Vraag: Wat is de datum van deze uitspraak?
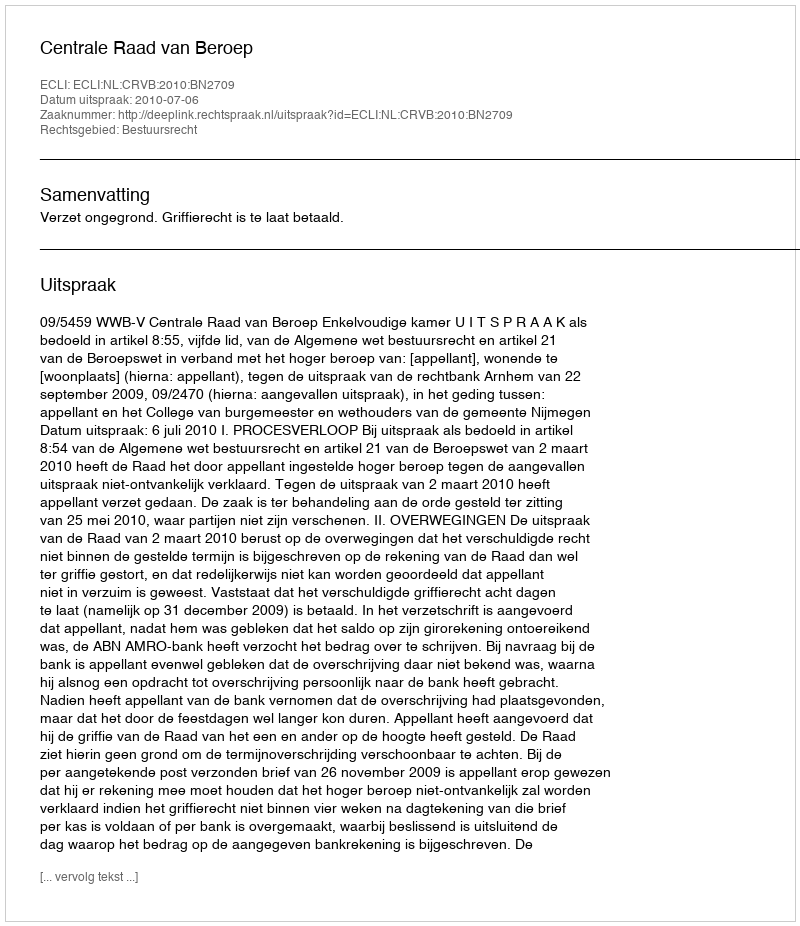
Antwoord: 2010-07-06